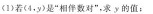
（1)若（4，y）是”相伴数对”，求y的值；